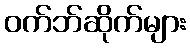
ဝက်ဘ်ဆိုက်များ